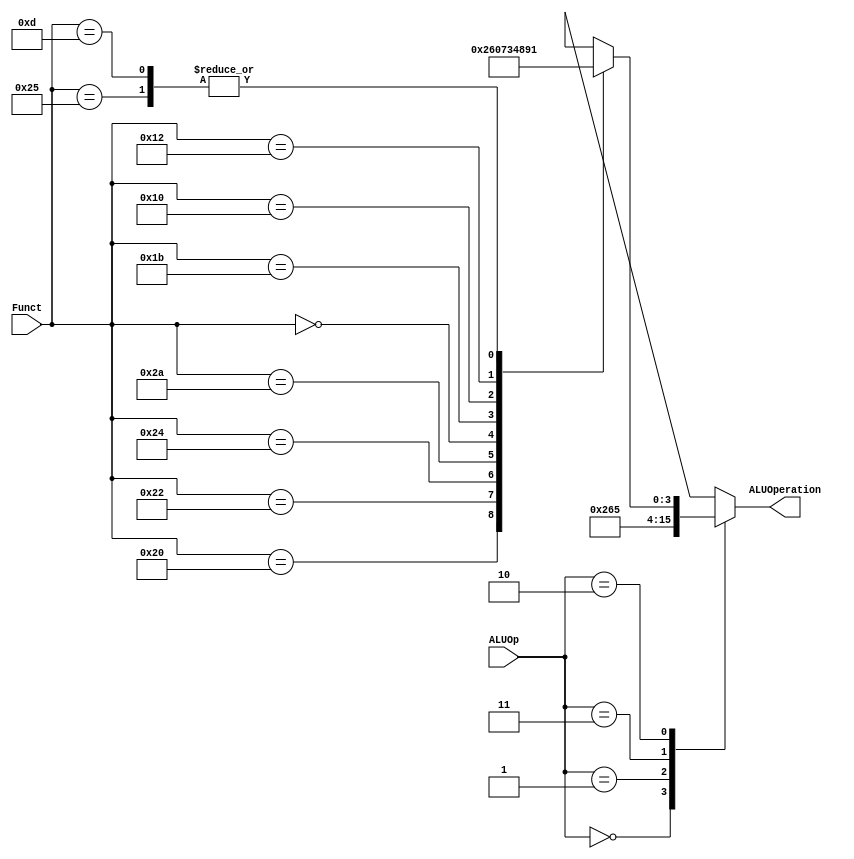
module alu_ctl( ALUOp, Funct, ALUOperation);
    input [1:0] ALUOp;
    input [5:0] Funct;
    output [3:0] ALUOperation;
    reg    [3:0] ALUOperation;

    // symbolic constants for instruction function code
    parameter F_add = 6'd32;
    parameter F_sub = 6'd34;
    parameter F_and = 6'd36;
    parameter F_or  = 6'd37;
    parameter F_slt = 6'd42;
	parameter F_sll = 6'h0;
	parameter F_ori = 6'hd;
	parameter F_divu = 6'd27;
	parameter F_mfhi = 6'd16;
	parameter F_mflo = 6'd18;


    // symbolic constants for ALU Operations
    parameter ALU_add = 4'b0010;
    parameter ALU_sub = 4'b0110;
    parameter ALU_and = 4'b0000;
    parameter ALU_or  = 4'b0001;
    parameter ALU_slt = 4'b0111;
	parameter ALU_sll = 4'b0011;
	parameter ALU_divu= 4'b0100;
	parameter ALU_mfhi = 4'b1000 ;
	parameter ALU_mflo = 4'b1001 ;
	parameter ALU_bne_sub = 4'b0101 ;
	
	reg [5:0] temp ;
	reg [6:0] counter ;
	
    always @(ALUOp or Funct)
    begin
        case (ALUOp) 
            2'b00 : ALUOperation = ALU_add;
            2'b01 : ALUOperation = ALU_sub;
            2'b11 : ALUOperation = ALU_bne_sub ;
            2'b10 : case (Funct)
                        F_add : ALUOperation = ALU_add;
                        F_sub : ALUOperation = ALU_sub;
                        F_and : ALUOperation = ALU_and;
                        F_or  : ALUOperation = ALU_or;
                        F_slt : ALUOperation = ALU_slt;
						F_sll : ALUOperation = ALU_sll;
						F_divu : ALUOperation = ALU_divu;
						F_mfhi : ALUOperation = ALU_mfhi;
						F_mflo : ALUOperation = ALU_mflo;
						F_ori : ALUOperation = ALU_or;
                        default ALUOperation = 4'bxxxx;
                    endcase
            default ALUOperation = 4'bxxxx;
        endcase
    end
endmodule